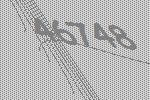
46748